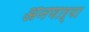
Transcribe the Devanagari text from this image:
अनणाऱ्या